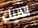
الأنباء